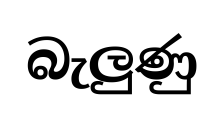
බැලුණු